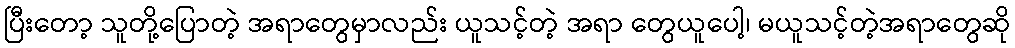
ပြီးတော့ သူတို့ပြောတဲ့ အရာတွေမှာလည်း ယူသင့်တဲ့ အရာ တွေယူပေါ့၊ မယူသင့်တဲ့အရာတွေဆို